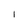
Character: I